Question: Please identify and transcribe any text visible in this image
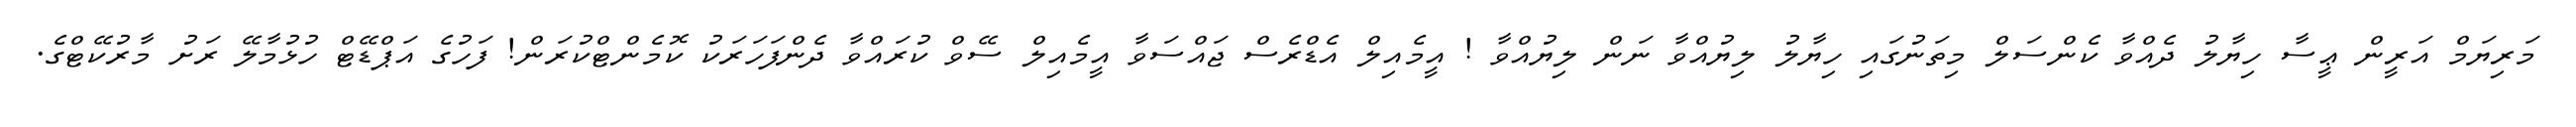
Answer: މަރިޔަމް އަރީން ޢީސާ ހިޔާލު ދެއްވާ ކެންސަލް މިތަނުގައި ހިޔާލު ލިޔުއްވާ ނަން ލިޔުއްވާ ! އީމެއިލް އެޑްރެސް ޖައްސަވާ އީމެއިލް ސޭވް ކުރައްވާ ދެންފަހަރަކު ކޮމެންޓްކުރަން! ފަހުގެ އަޕްޑޭޓް ހުޅުމާލޭ ރަށު މާރުކޭޓްގެ.